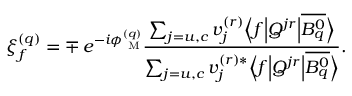
\xi _ { f } ^ { ( q ) } = \mp \, e ^ { - i \phi _ { \mathrm { { \scriptsize ~ M } } } ^ { ( q ) } } \frac { \sum _ { j = u , c } v _ { j } ^ { ( r ) } \Bigl \langle f \Bigl | { \cal Q } ^ { j r } \Bigr | \overline { { { B _ { q } ^ { 0 } } } } \Bigr \rangle } { \sum _ { j = u , c } v _ { j } ^ { ( r ) \ast } \Bigl \langle f \Bigl | { \cal Q } ^ { j r } \Bigr | \overline { { { B _ { q } ^ { 0 } } } } \Bigr \rangle } .